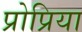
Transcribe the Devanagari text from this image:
प्रोप्रिया